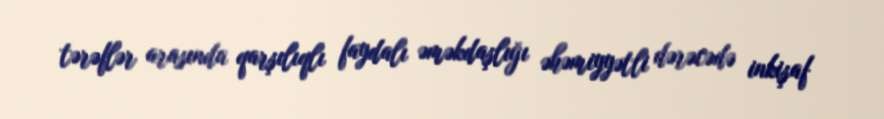
tərəflər arasında qarşılıqlı faydalı əməkdaşlığı əhəmiyyətli dərəcədə inkişaf